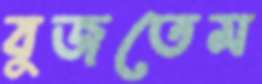
বুজতেম